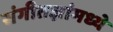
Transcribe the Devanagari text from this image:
संगीतज्ञांमध्ये